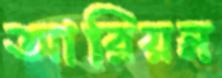
আরিয়ন